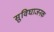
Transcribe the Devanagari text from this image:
सुविघाजनक